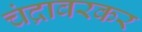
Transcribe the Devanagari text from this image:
चंद्रावरकर